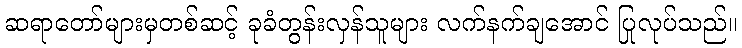
ဆရာတော်များမှတစ်ဆင့် ခုခံတွန်းလှန်သူများ လက်နက်ချအောင် ပြုလုပ်သည်။